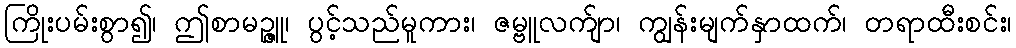
ကြိုးပမ်းစွာ၍၊ ဤစာမဉ္ဇူ၊ ပွင့်သည်မူကား၊ ဇမ္ဗူလက်ျာ၊ ကျွန်းမျက်နှာထက်၊ တရာထီးစင်း၊